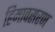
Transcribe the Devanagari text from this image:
हिमावसरण